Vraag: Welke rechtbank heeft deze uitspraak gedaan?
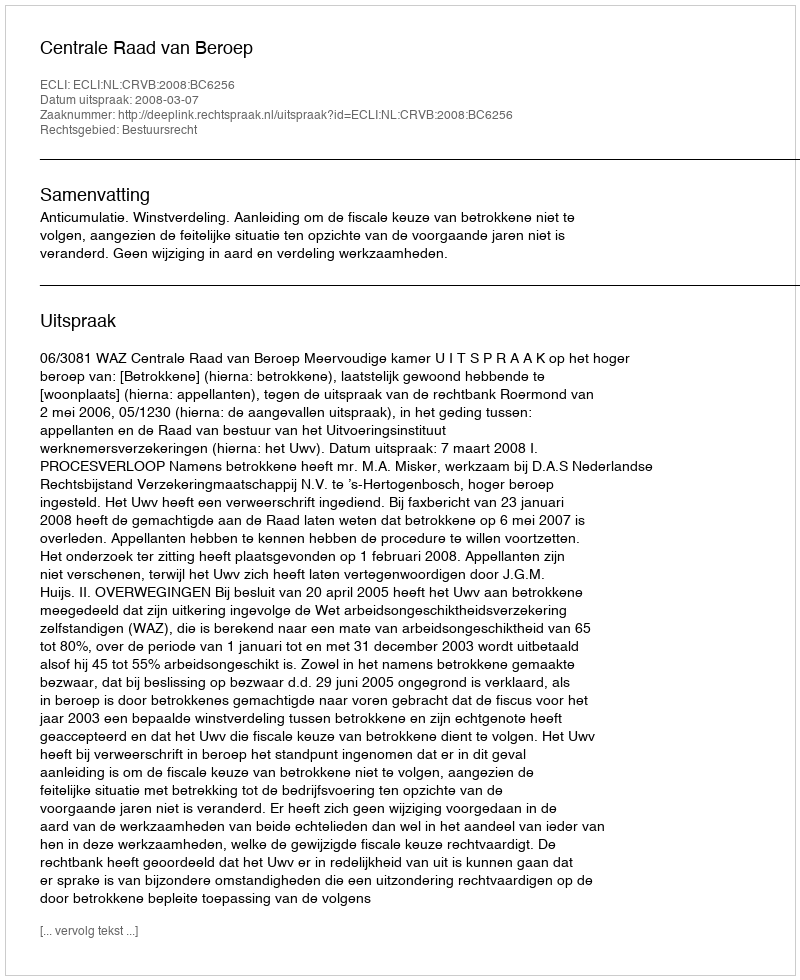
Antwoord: Centrale Raad van Beroep